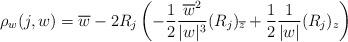
LaTeX: \begin{align*}\rho_{w}(j,w)=\overline{w}-2 R_j \left(-\frac{1}{2}\frac{\overline{w}^2}{|w|^3} (R_j)_{\overline{z}} + \frac{1}{2}\frac{1}{|w|} (R_j)_{z}\right)\end{align*}